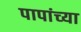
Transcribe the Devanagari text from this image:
पापांच्‍या